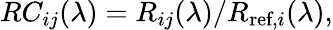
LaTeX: RC_{ij}(\lambda)=R_{ij}(\lambda)/R_{\textrm{ref},i}(\lambda),